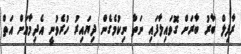
ރާފިލް ބާރު ބާރަށް ގޮވައިލާފައި ނަތާ ނިކުމެގެން ދިޔައިރު ހުރެވުނީ އެދިމާއަށް އަތް